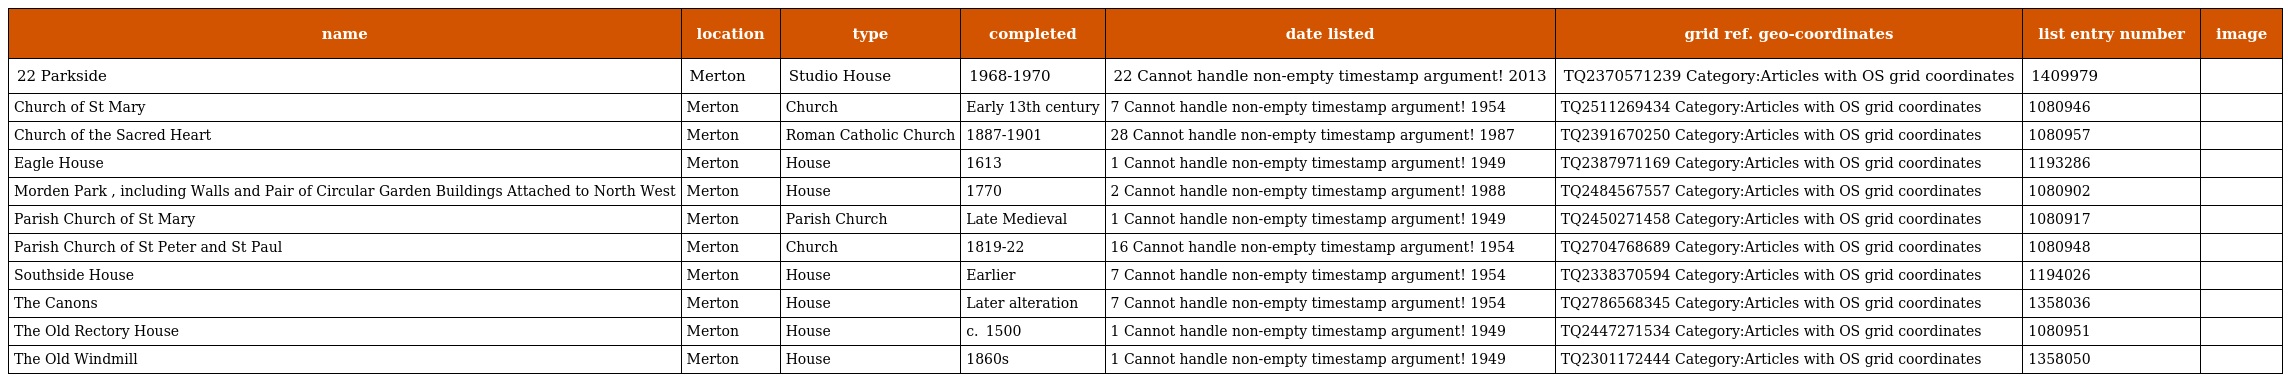
| name | location | type | completed | date listed | grid ref. geo-coordinates | list entry number | image |
 | --- | --- | --- | --- | --- | --- | --- | --- |
 | 22 Parkside | Merton | Studio House | 1968-1970 | 22 Cannot handle non-empty timestamp argument! 2013 | TQ2370571239 Category:Articles with OS grid coordinates | 1409979 |  |
 | Church of St Mary | Merton | Church | Early 13th century | 7 Cannot handle non-empty timestamp argument! 1954 | TQ2511269434 Category:Articles with OS grid coordinates | 1080946 |  |
 | Church of the Sacred Heart | Merton | Roman Catholic Church | 1887-1901 | 28 Cannot handle non-empty timestamp argument! 1987 | TQ2391670250 Category:Articles with OS grid coordinates | 1080957 |  |
 | Eagle House | Merton | House | 1613 | 1 Cannot handle non-empty timestamp argument! 1949 | TQ2387971169 Category:Articles with OS grid coordinates | 1193286 |  |
 | Morden Park , including Walls and Pair of Circular Garden Buildings Attached to North West | Merton | House | 1770 | 2 Cannot handle non-empty timestamp argument! 1988 | TQ2484567557 Category:Articles with OS grid coordinates | 1080902 |  |
 | Parish Church of St Mary | Merton | Parish Church | Late Medieval | 1 Cannot handle non-empty timestamp argument! 1949 | TQ2450271458 Category:Articles with OS grid coordinates | 1080917 |  |
 | Parish Church of St Peter and St Paul | Merton | Church | 1819-22 | 16 Cannot handle non-empty timestamp argument! 1954 | TQ2704768689 Category:Articles with OS grid coordinates | 1080948 |  |
 | Southside House | Merton | House | Earlier | 7 Cannot handle non-empty timestamp argument! 1954 | TQ2338370594 Category:Articles with OS grid coordinates | 1194026 |  |
 | The Canons | Merton | House | Later alteration | 7 Cannot handle non-empty timestamp argument! 1954 | TQ2786568345 Category:Articles with OS grid coordinates | 1358036 |  |
 | The Old Rectory House | Merton | House | c.  1500 | 1 Cannot handle non-empty timestamp argument! 1949 | TQ2447271534 Category:Articles with OS grid coordinates | 1080951 |  |
 | The Old Windmill | Merton | House | 1860s | 1 Cannot handle non-empty timestamp argument! 1949 | TQ2301172444 Category:Articles with OS grid coordinates | 1358050 |  |